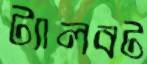
ট্যালবট